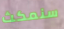
سنمكث